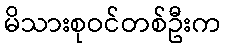
မိသားစုဝင်တစ်ဦးက